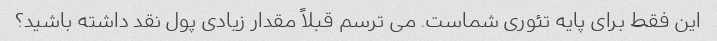
این فقط برای پایه تئوری شماست. می ترسم قبلاً مقدار زیادی پول نقد داشته باشید؟